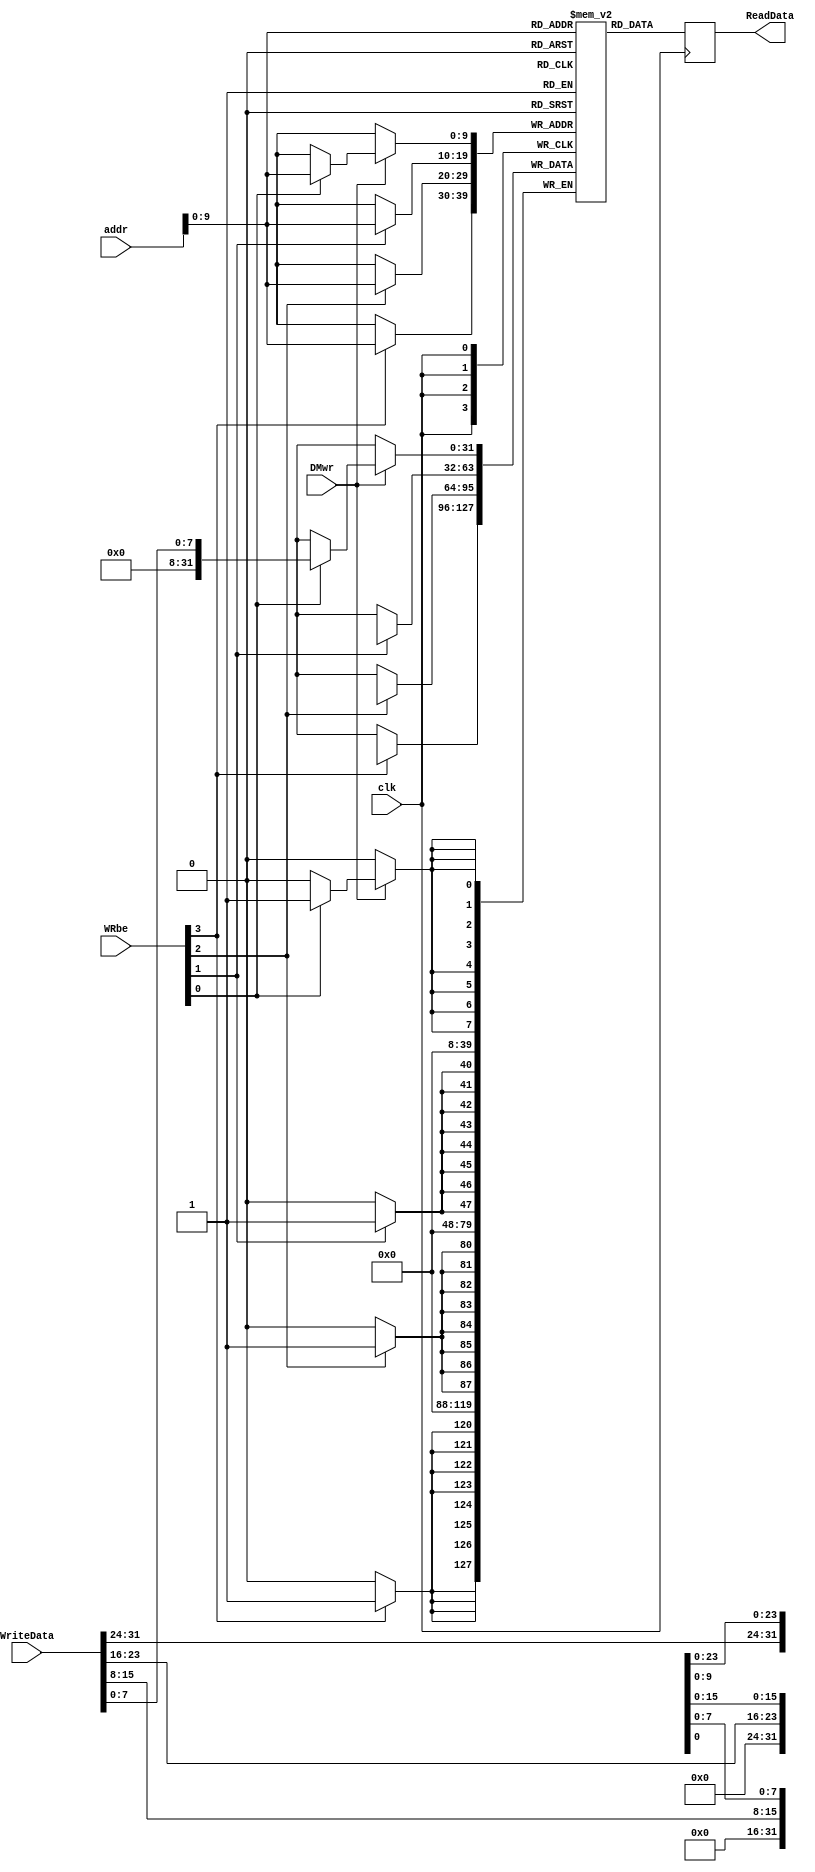
module RISCV_DMEM(WRbe,DMwr,addr,WriteData,ReadData,clk);

input DMwr,clk;
input [3:0] WRbe;
input [31:0] addr;
input [31:0] WriteData;
output reg [31:0] ReadData;
reg [31:0] dmem [0:1023];
integer i;
   
initial
begin
for (i=0; i<1024; i=i+1)   
dmem[i]=i*10; 
end
	
always @(posedge clk) 
begin
ReadData = dmem[addr];

if(DMwr)

if(WRbe[0]) dmem[addr][7:0] <= WriteData[7:0];
if(WRbe[1]) dmem[addr][15:8] <= WriteData[15:8];
if(WRbe[2]) dmem[addr][23:16] <= WriteData[23:16];
if(WRbe[3]) dmem[addr][31:24] <= WriteData[31:24];
end	
endmodule